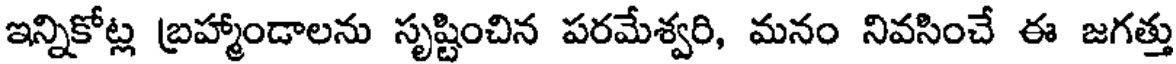
ఇన్నికోట్ల బ్రహ్మాండాలను సృష్టించిన పరమేశ్వరి, మనం నివసించే ఈ జగత్తు